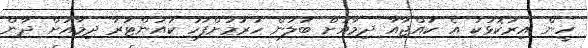
ހީން އިރުކޮޅަކު އެ ކުއްޖާއާ ދިމާއަށް ބަލަން ހުރުމަށްފަހު ކައުންޓަރާ ދިމާއަށް ދާން